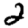
Digit: 2